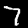
Digit: 7